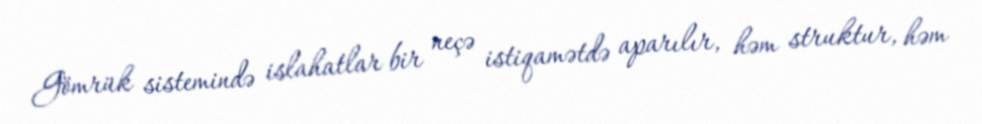
Gömrük sistemində islahatlar bir neçə istiqamətdə aparılır, həm struktur, həm